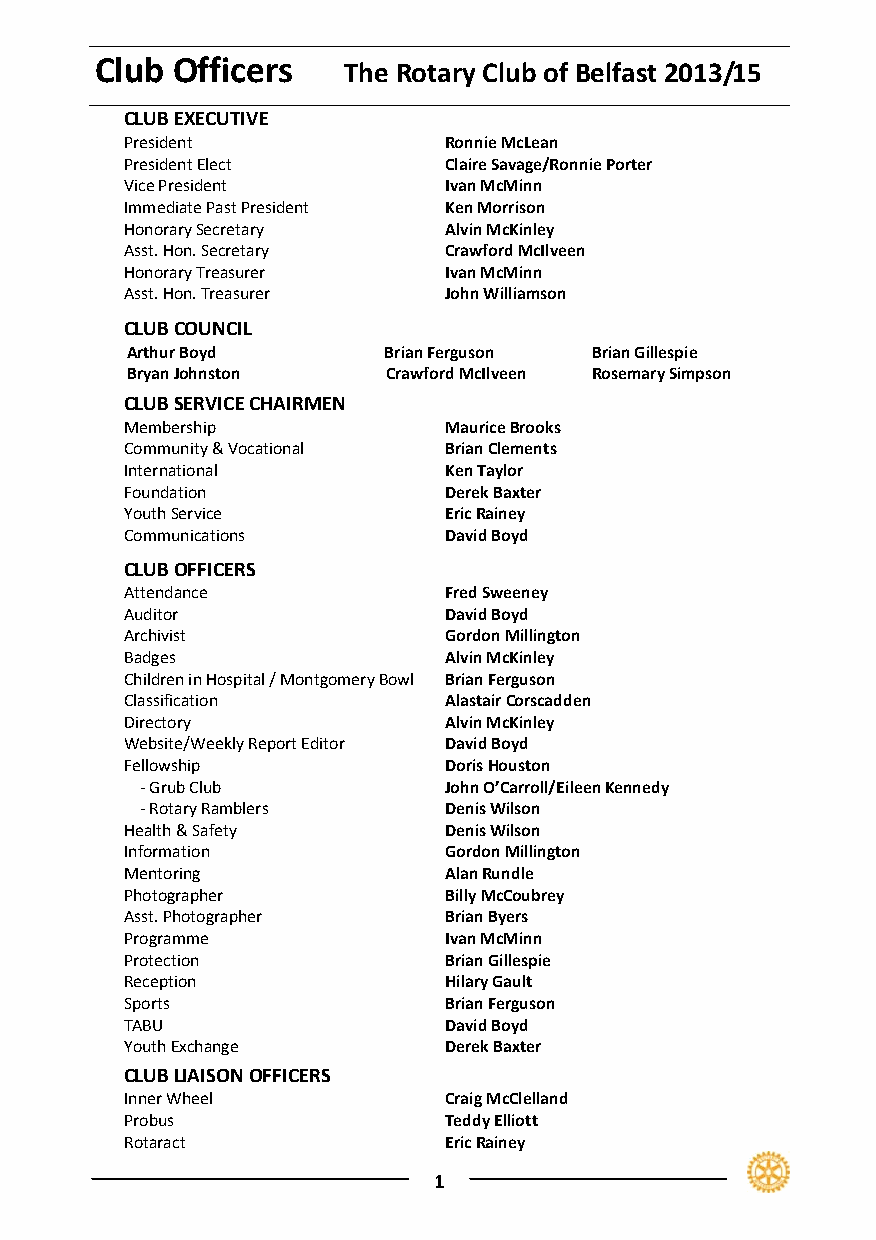
Club Officers
 The Rotary Club of Belfast 2013/15
 CLUB EXECUTIVE
 President            Ronnie McLean
 President Elect      Claire Savage/Ronnie Porter
 Vice President       Ivan McMinn
 Immediate Past President Ken Morrison
 Honorary Secretary   Alvin McKinley
 Asst. Hon. Secretary Crawford McIlveen
 Honorary Treasurer   Ivan McMinn
 Asst. Hon. Treasurer John Williamson
 CLUB COUNCIL
 Arthur Boyd      Brian Fer guson Brian Gillespie
 Bryan Johnston    Crawford McIlveen Rosemary Simpson
 CLUB SERVICE CHAIRMEN
 Membership           Maurice Brooks
 Community & Vocational Brian Clements
 International        Ken Taylor
 Foundation           Derek Baxter
 Youth Service        Eric Rainey
 Communications       David Boyd
 CLUB OFFICERS
 Attendance           Fred Sweeney
 Auditor              David Boyd
 Archivist            Gordon Millington
 Badges               Alvin McKinley
 Children in Hospital / Montgomery Bowl Brian Ferguson
 Classification       Alastair Corscadden
 Directory            Alvin McKinley
 Website/Weekly Report Editor David Boyd
 Fellowship           Doris Houston
 ‐ Grub Club         John O’Carroll/Eileen Kennedy
 ‐ Rotary Ramblers   Denis Wilson
 Health & Safety      Denis Wilson
 Information          Gordon Millington
 Mentoring            Alan Rundle
 Photographer         Billy McCoubrey
 Asst. Photographer   Brian Byers
 Programme            Ivan McMinn
 Protection           Brian Gillespie
 Reception            Hilary Gault
 Sports               Brian Ferguson
 TABU                 David Boyd
 Youth Exchange       Derek Baxter
 CLUB LIAISON OFFICERS
 Inner Wheel          Craig McClelland
 Probus               Teddy Elliott
 Rotaract             Eric Rainey
 1